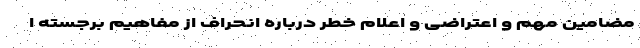
مضامین مهم و اعتراضی و اعلام خطر درباره انحراف از مفاهیم برجسته ا